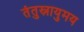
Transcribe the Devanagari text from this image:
तंतुस्नायुमय